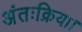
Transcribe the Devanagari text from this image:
अंतःक्रिया।